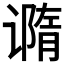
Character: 𰶇